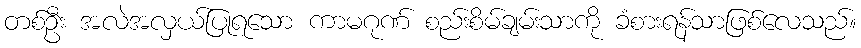
တစ်ဦး အလဲအလှယ်ပြုရသော ကာမဂုဏ် စည်းစိမ်ချမ်းသာကို ခံစားရန်သာဖြစ်လေသည်။